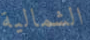
الشمالية